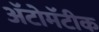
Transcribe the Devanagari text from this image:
ॲटोमॅटीक